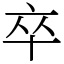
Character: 卒